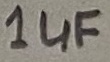
Text: 1µF